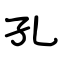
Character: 孔